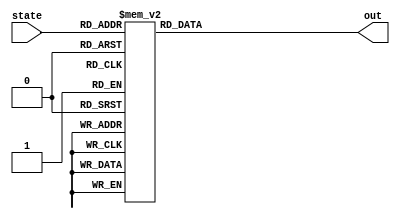
/*
   This file was generated automatically by Alchitry Labs version 1.2.7.
   Do not edit this file directly. Instead edit the original Lucid source.
   This is a temporary file and any changes made to it will be destroyed.
*/

module rom_ish_2 (
    input [7:0] state,
    output reg [151:0] out
  );
  
  
  
  always @* begin
    
    case (state)
      8'h00: begin
        out = 152'h60606060606060606060606060606060606060;
      end
      8'h01: begin
        out = 152'h60606060606060606060606060606060606060;
      end
      8'h02: begin
        out = 152'h60606060606060606060606060606060606060;
      end
      8'h03: begin
        out = 152'h60606060606060606060606060606060606060;
      end
      8'h04: begin
        out = 152'h6060606060606060606060606060606060f160;
      end
      8'h05: begin
        out = 152'h60606060606060606060606060606060f06060;
      end
      8'h06: begin
        out = 152'h606060606060606060606060606060ef606072;
      end
      8'h07: begin
        out = 152'h6060606060606060606060606060ee60607172;
      end
      8'h08: begin
        out = 152'h60606060606060606060606060ed6060707160;
      end
      8'h09: begin
        out = 152'h606060606060606060606060ec60606f7060f2;
      end
      8'h0a: begin
        out = 152'h6060606060606060606060eb60606e6f60f172;
      end
      8'h0b: begin
        out = 152'h60606060606060606060ea60606d6e60f07160;
      end
      8'h0c: begin
        out = 152'h606060606060606060e960606c6d60ef706060;
      end
      8'h0d: begin
        out = 152'h6060606060606060e860606b6c60ee6f6060f2;
      end
      8'h0e: begin
        out = 152'h60606060606060e760606a6b60ed6e6060f1f2;
      end
      8'h0f: begin
        out = 152'h606060606060e66060696a60ec6d6060f0f172;
      end
      8'h10: begin
        out = 152'h6060606060e56060686960eb6c6060eff07160;
      end
      8'h11: begin
        out = 152'h60606060e46060676860ea6b6060eeef706060;
      end
      8'h12: begin
        out = 152'h606060e36060666760e96a6060edee6f606060;
      end
      8'h13: begin
        out = 152'h6060e26060656660e8696060eced6e60606072;
      end
      8'h14: begin
        out = 152'h60e16060646560e7686060ebec6d60606071f2;
      end
      8'h15: begin
        out = 152'he06060636460e6676060eaeb6c60606070f160;
      end
      8'h16: begin
        out = 152'h6060626360e5666060e9ea6b6060606ff06072;
      end
      8'h17: begin
        out = 152'h60616260e4656060e8e96a6060606eef607160;
      end
      8'h18: begin
        out = 152'h606160e3646060e7e8696060606dee60706060;
      end
      8'h19: begin
        out = 152'h6060e2636060e6e7686060606ced606f606072;
      end
      8'h1a: begin
        out = 152'h60e1626060e5e6676060606bec606e60607160;
      end
      8'h1b: begin
        out = 152'he0616060e4e5666060606aeb606d6060706060;
      end
      8'h1c: begin
        out = 152'h606060e3e46560606069ea606c60606f606072;
      end
      8'h1d: begin
        out = 152'h6060e2e36460606068e9606b60606e60607160;
      end
      8'h1e: begin
        out = 152'h60e1e26360606067e8606a60606d6060706060;
      end
      8'h1f: begin
        out = 152'he0e16260606066e7606960606c60606f6060f2;
      end
      8'h20: begin
        out = 152'he06160606065e6606860606b60606e6060f1f2;
      end
      8'h21: begin
        out = 152'h6060606064e5606760606a60606d6060f0f160;
      end
      8'h22: begin
        out = 152'h60606063e4606660606960606c6060eff060f2;
      end
      8'h23: begin
        out = 152'h606062e3606560606860606b6060eeef60f160;
      end
      8'h24: begin
        out = 152'h6061e2606460606760606a6060edee60f06060;
      end
      8'h25: begin
        out = 152'h60e160636060666060696060eced60ef606060;
      end
      8'h26: begin
        out = 152'he060626060656060686060ebec60ee60606060;
      end
      8'h27: begin
        out = 152'h60616060646060676060eaeb60ed6060606060;
      end
      8'h28: begin
        out = 152'h606060636060666060e9ea60ec6060606060f2;
      end
      8'h29: begin
        out = 152'h6060626060656060e8e960eb6060606060f160;
      end
      8'h2a: begin
        out = 152'h60616060646060e7e860ea6060606060f06060;
      end
      8'h2b: begin
        out = 152'h606060636060e6e760e96060606060ef606060;
      end
      8'h2c: begin
        out = 152'h6060626060e5e660e86060606060ee60606060;
      end
      8'h2d: begin
        out = 152'h60616060e4e560e76060606060ed6060606060;
      end
      8'h2e: begin
        out = 152'h606060e3e460e66060606060ec606060606060;
      end
      8'h2f: begin
        out = 152'h6060e2e360e56060606060eb60606060606060;
      end
      8'h30: begin
        out = 152'h60e1e260e46060606060ea60606060606060f2;
      end
      8'h31: begin
        out = 152'he0e160e36060606060e960606060606060f160;
      end
      8'h32: begin
        out = 152'he060e26060606060e860606060606060f06060;
      end
      8'h33: begin
        out = 152'h60e16060606060e760606060606060ef6060f2;
      end
      8'h34: begin
        out = 152'he06060606060e660606060606060ee6060f160;
      end
      8'h35: begin
        out = 152'h6060606060e560606060606060ed6060f060f2;
      end
      8'h36: begin
        out = 152'h60606060e460606060606060ec6060ef60f160;
      end
      8'h37: begin
        out = 152'h606060e360606060606060eb6060ee60f06060;
      end
      8'h38: begin
        out = 152'h6060e260606060606060ea6060ed60ef606072;
      end
      8'h39: begin
        out = 152'h60e160606060606060e96060ec60ee60607172;
      end
      8'h3a: begin
        out = 152'he060606060606060e86060eb60ed6060707160;
      end
      8'h3b: begin
        out = 152'h60606060606060e76060ea60ec60606f706060;
      end
      8'h3c: begin
        out = 152'h606060606060e66060e960eb60606e6f606060;
      end
      8'h3d: begin
        out = 152'h6060606060e56060e860ea60606d6e60606060;
      end
      8'h3e: begin
        out = 152'h60606060e46060e760e960606c6d60606060f2;
      end
      8'h3f: begin
        out = 152'h606060e36060e660e860606b6c60606060f160;
      end
      8'h40: begin
        out = 152'h6060e26060e560e760606a6b60606060f06060;
      end
      8'h41: begin
        out = 152'h60e16060e460e66060696a60606060ef606060;
      end
      8'h42: begin
        out = 152'he06060e360e56060686960606060ee606060f2;
      end
      8'h43: begin
        out = 152'h6060e260e46060676860606060ed606060f160;
      end
      8'h44: begin
        out = 152'h60e160e36060666760606060ec606060f060f2;
      end
      8'h45: begin
        out = 152'he060e26060656660606060eb606060ef60f1f2;
      end
      8'h46: begin
        out = 152'h60e16060646560606060ea606060ee60f0f172;
      end
      8'h47: begin
        out = 152'he06060636460606060e9606060ed60eff07160;
      end
      8'h48: begin
        out = 152'h6060626360606060e8606060ec60eeef706060;
      end
      8'h49: begin
        out = 152'h60616260606060e7606060eb60edee6f6060f2;
      end
      8'h4a: begin
        out = 152'h606160606060e6606060ea60eced6e6060f1f2;
      end
      8'h4b: begin
        out = 152'h6060606060e5606060e960ebec6d6060f0f172;
      end
      8'h4c: begin
        out = 152'h60606060e4606060e860eaeb6c6060eff07172;
      end
      8'h4d: begin
        out = 152'h606060e3606060e760e9ea6b6060eeef707160;
      end
      8'h4e: begin
        out = 152'h6060e2606060e660e8e96a6060edee6f7060f2;
      end
      8'h4f: begin
        out = 152'h60e1606060e560e7e8696060eced6e6f60f172;
      end
      8'h50: begin
        out = 152'he0606060e460e6e7686060ebec6d6e60f07160;
      end
      8'h51: begin
        out = 152'h606060e360e5e6676060eaeb6c6d60ef7060f2;
      end
      8'h52: begin
        out = 152'h6060e260e4e5666060e9ea6b6c60ee6f60f160;
      end
      8'h53: begin
        out = 152'h60e160e3e4656060e8e96a6b60ed6e60f06060;
      end
      8'h54: begin
        out = 152'he060e2e3646060e7e8696a60ec6d60ef606060;
      end
      8'h55: begin
        out = 152'h60e1e2636060e6e7686960eb6c60ee60606072;
      end
      8'h56: begin
        out = 152'he0e1626060e5e6676860ea6b60ed6060607172;
      end
      8'h57: begin
        out = 152'he0616060e4e5666760e96a60ec606060707160;
      end
      8'h58: begin
        out = 152'h606060e3e4656660e86960eb6060606f706060;
      end
      8'h59: begin
        out = 152'h6060e2e3646560e76860ea6060606e6f6060f2;
      end
      8'h5a: begin
        out = 152'h60e1e2636460e66760e96060606d6e6060f172;
      end
      8'h5b: begin
        out = 152'he0e1626360e56660e86060606c6d6060f071f2;
      end
      8'h5c: begin
        out = 152'he0616260e46560e76060606b6c6060ef70f1f2;
      end
      8'h5d: begin
        out = 152'h606160e36460e66060606a6b6060ee6ff0f160;
      end
      8'h5e: begin
        out = 152'h6060e26360e5606060696a6060ed6eeff06072;
      end
      8'h5f: begin
        out = 152'h60e16260e460606068696060ec6deeef607160;
      end
      8'h60: begin
        out = 152'he06160e360606067686060eb6cedee607060f2;
      end
      8'h61: begin
        out = 152'h6060e260606066676060ea6beced606f60f160;
      end
      8'h62: begin
        out = 152'h60e160606065666060e96aebec606e60f06072;
      end
      8'h63: begin
        out = 152'he060606064656060e869eaeb606d60ef6071f2;
      end
      8'h64: begin
        out = 152'h60606063646060e768e9ea606c60ee6070f172;
      end
      8'h65: begin
        out = 152'h606062636060e667e8e9606b60ed606ff07172;
      end
      8'h66: begin
        out = 152'h6061626060e566e7e8606a60ec606eef707172;
      end
      8'h67: begin
        out = 152'h60616060e465e6e7606960eb606dee6f707160;
      end
      8'h68: begin
        out = 152'h606060e364e5e6606860ea606ced6e6f706060;
      end
      8'h69: begin
        out = 152'h6060e263e4e5606760e9606bec6d6e6f6060f2;
      end
      8'h6a: begin
        out = 152'h60e162e3e4606660e8606aeb6c6d6e6060f1f2;
      end
      8'h6b: begin
        out = 152'he061e2e3606560e76069ea6b6c6d6060f0f160;
      end
      8'h6c: begin
        out = 152'h60e1e2606460e66068e96a6b6c6060eff06060;
      end
      8'h6d: begin
        out = 152'he0e1606360e56067e8696a6b6060eeef606060;
      end
      8'h6e: begin
        out = 152'he0606260e46066e768696a6060edee60606060;
      end
      8'h6f: begin
        out = 152'h606160e36065e66768696060eced6060606060;
      end
      8'h70: begin
        out = 152'h6060e26064e56667686060ebec6060606060f2;
      end
      8'h71: begin
        out = 152'h60e16063e46566676060eaeb6060606060f1f2;
      end
      8'h72: begin
        out = 152'he06062e36465666060e9ea6060606060f0f160;
      end
      8'h73: begin
        out = 152'h6061e26364656060e8e96060606060eff060f2;
      end
      8'h74: begin
        out = 152'h60e16263646060e7e86060606060eeef60f1f2;
      end
      8'h75: begin
        out = 152'he06162636060e6e76060606060edee60f0f160;
      end
      8'h76: begin
        out = 152'h6061626060e5e66060606060eced60eff060f2;
      end
      8'h77: begin
        out = 152'h60616060e4e56060606060ebec60eeef60f160;
      end
      8'h78: begin
        out = 152'h606060e3e46060606060eaeb60edee60f06072;
      end
      8'h79: begin
        out = 152'h6060e2e36060606060e9ea60eced60ef6071f2;
      end
      8'h7a: begin
        out = 152'h60e1e26060606060e8e960ebec60ee6070f160;
      end
      8'h7b: begin
        out = 152'he0e16060606060e7e860eaeb60ed606ff06060;
      end
      8'h7c: begin
        out = 152'he06060606060e6e760e9ea60ec606eef6060f2;
      end
      8'h7d: begin
        out = 152'h6060606060e5e660e8e960eb606dee6060f160;
      end
      8'h7e: begin
        out = 152'h60606060e4e560e7e860ea606ced6060f060f2;
      end
      8'h7f: begin
        out = 152'h606060e3e460e6e760e9606bec6060ef60f1f2;
      end
      8'h80: begin
        out = 152'h6060e2e360e5e660e8606aeb6060ee60f0f160;
      end
      8'h81: begin
        out = 152'h60e1e260e4e560e76069ea6060ed60eff06060;
      end
      8'h82: begin
        out = 152'he0e160e3e460e66068e96060ec60eeef606072;
      end
      8'h83: begin
        out = 152'he060e2e360e56067e86060eb60edee606071f2;
      end
      8'h84: begin
        out = 152'h60e1e260e46066e76060ea60eced606070f172;
      end
      8'h85: begin
        out = 152'he0e160e36065e66060e960ebec60606ff071f2;
      end
      8'h86: begin
        out = 152'he060e26064e56060e860eaeb60606eef70f160;
      end
      8'h87: begin
        out = 152'h60e16063e46060e760e9ea60606dee6ff06060;
      end
      8'h88: begin
        out = 152'he06062e36060e660e8e960606ced6eef606060;
      end
      8'h89: begin
        out = 152'h6061e26060e560e7e860606bec6dee60606072;
      end
      8'h8a: begin
        out = 152'h60e16060e460e6e760606aeb6ced6060607160;
      end
      8'h8b: begin
        out = 152'he06060e360e5e6606069ea6bec6060607060f2;
      end
      8'h8c: begin
        out = 152'h6060e260e4e5606068e96aeb6060606f60f160;
      end
      8'h8d: begin
        out = 152'h60e160e3e4606067e869ea6060606e60f06072;
      end
      8'h8e: begin
        out = 152'he060e2e3606066e768e96060606d60ef607160;
      end
      8'h8f: begin
        out = 152'h60e1e2606065e667e86060606c60ee60706072;
      end
      8'h90: begin
        out = 152'he0e1606064e566e76060606b60ed606f607160;
      end
      8'h91: begin
        out = 152'he0606063e465e66060606a60ec606e607060f2;
      end
      8'h92: begin
        out = 152'h606062e364e56060606960eb606d606f60f160;
      end
      8'h93: begin
        out = 152'h6061e263e46060606860ea606c606e60f06060;
      end
      8'h94: begin
        out = 152'h60e162e36060606760e9606b606d60ef606060;
      end
      8'h95: begin
        out = 152'he061e26060606660e8606a606c60ee60606072;
      end
      8'h96: begin
        out = 152'h60e16060606560e76069606b60ed6060607172;
      end
      8'h97: begin
        out = 152'he06060606460e66068606a60ec606060707172;
      end
      8'h98: begin
        out = 152'h6060606360e56067606960eb6060606f707172;
      end
      8'h99: begin
        out = 152'h60606260e46066606860ea6060606e6f707160;
      end
      8'h9a: begin
        out = 152'h606160e36065606760e96060606d6e6f706072;
      end
      8'h9b: begin
        out = 152'h6060e26064606660e86060606c6d6e6f607172;
      end
      8'h9c: begin
        out = 152'h60e16063606560e76060606b6c6d6e60707172;
      end
      8'h9d: begin
        out = 152'he06062606460e66060606a6b6c6d606f707160;
      end
      8'h9e: begin
        out = 152'h6061606360e5606060696a6b6c606e6f7060f2;
      end
      8'h9f: begin
        out = 152'h60606260e460606068696a6b606d6e6f60f160;
      end
      8'ha0: begin
        out = 152'h606160e36060606768696a606c6d6e60f06072;
      end
      8'ha1: begin
        out = 152'h6060e260606066676869606b6c6d60ef607160;
      end
      8'ha2: begin
        out = 152'h60e160606065666768606a6b6c60ee60706072;
      end
      8'ha3: begin
        out = 152'he06060606465666760696a6b60ed606f607160;
      end
      8'ha4: begin
        out = 152'h606060636465666068696a60ec606e60706072;
      end
      8'ha5: begin
        out = 152'h6060626364656067686960eb606d606f6071f2;
      end
      8'ha6: begin
        out = 152'h60616263646066676860ea606c606e6070f160;
      end
      8'ha7: begin
        out = 152'h606162636065666760e9606b606d606ff06060;
      end
      8'ha8: begin
        out = 152'h6061626064656660e8606a606c606eef606060;
      end
      8'ha9: begin
        out = 152'h60616063646560e76069606b606dee606060f2;
      end
      8'haa: begin
        out = 152'h606062636460e66068606a606ced606060f1f2;
      end
      8'hab: begin
        out = 152'h6061626360e560676069606bec606060f0f160;
      end
      8'hac: begin
        out = 152'h60616260e460666068606aeb606060eff060f2;
      end
      8'had: begin
        out = 152'h606160e3606560676069ea606060eeef60f172;
      end
      8'hae: begin
        out = 152'h6060e2606460666068e9606060edee60f071f2;
      end
      8'haf: begin
        out = 152'h60e1606360656067e8606060eced60ef70f1f2;
      end
      8'hb0: begin
        out = 152'he0606260646066e7606060ebec60ee6ff0f172;
      end
      8'hb1: begin
        out = 152'h606160636065e6606060eaeb60ed6eeff071f2;
      end
      8'hb2: begin
        out = 152'h6060626064e5606060e9ea60ec6deeef70f172;
      end
      8'hb3: begin
        out = 152'h60616063e4606060e8e960eb6cedee6ff071f2;
      end
      8'hb4: begin
        out = 152'h606062e3606060e7e860ea6beced6eef70f1f2;
      end
      8'hb5: begin
        out = 152'h6061e2606060e6e760e96aebec6dee6ff0f172;
      end
      8'hb6: begin
        out = 152'h60e1606060e5e660e869eaeb6ced6eeff07160;
      end
      8'hb7: begin
        out = 152'he0606060e4e560e768e9ea6bec6deeef706072;
      end
      8'hb8: begin
        out = 152'h606060e3e460e667e8e96aeb6cedee6f607160;
      end
      8'hb9: begin
        out = 152'h6060e2e360e566e7e869ea6beced6e60706072;
      end
      8'hba: begin
        out = 152'h60e1e260e465e6e768e96aebec6d606f607160;
      end
      8'hbb: begin
        out = 152'he0e160e364e5e667e869eaeb6c606e60706060;
      end
      8'hbc: begin
        out = 152'he060e263e4e566e768e9ea6b606d606f6060f2;
      end
      8'hbd: begin
        out = 152'h60e162e3e465e667e8e96a606c606e6060f172;
      end
      8'hbe: begin
        out = 152'he061e2e364e566e7e869606b606d6060f071f2;
      end
      8'hbf: begin
        out = 152'h60e1e263e465e6e768606a606c6060ef70f160;
      end
      8'hc0: begin
        out = 152'he0e162e364e5e6676069606b6060ee6ff06060;
      end
      8'hc1: begin
        out = 152'he061e263e4e5666068606a6060ed6eef6060f2;
      end
      8'hc2: begin
        out = 152'h60e162e3e465606760696060ec6dee6060f160;
      end
      8'hc3: begin
        out = 152'he061e2e364606660686060eb6ced6060f06060;
      end
      8'hc4: begin
        out = 152'h60e1e263606560676060ea6bec6060ef6060f2;
      end
      8'hc5: begin
        out = 152'he0e162606460666060e96aeb6060ee6060f160;
      end
      8'hc6: begin
        out = 152'he061606360656060e869ea6060ed6060f06072;
      end
      8'hc7: begin
        out = 152'h60606260646060e768e96060ec6060ef6071f2;
      end
      default: begin
        out = 152'h00000000000000000000000000000000000000;
      end
    endcase
  end
endmodule